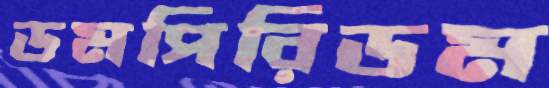
ডমপিরিডম